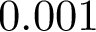
0 . 0 0 1